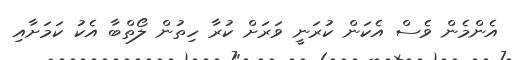
އެންމެން ވެސް އެކަން ކުރަނީ ވަރަށް ކުރާ ހިތުން ލޯތްބާ އެކު ކަމަށާއި